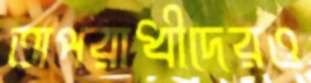
অপরাধীদেরও